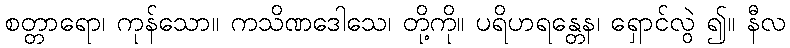
စတ္တာရော၊ ကုန်သော။ ကသိဏဒေါသေ၊ တို့ကို။ ပရိဟရန္တေန၊ ရှောင်လွဲ ၍။ နီလ